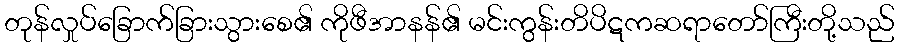
တုန်လှုပ်ခြောက်ခြားသွားစေ၏ ကိုဖီအာနန်၏ မင်းကွန်းတိပိဋကဆရာတော်ကြီးတို့သည်